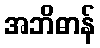
အဘိဓာန်